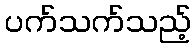
ပက်သက်သည့်